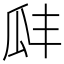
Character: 𤫬